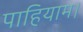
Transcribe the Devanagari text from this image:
पाहियाम।